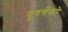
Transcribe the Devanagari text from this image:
युषचेंको